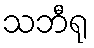
သဘီရု